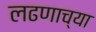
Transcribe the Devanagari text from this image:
लढणाच्या